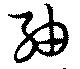
紬